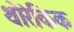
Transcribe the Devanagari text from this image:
थोरेकिक